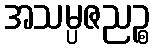
အသမ္ပဇညဉ္စ